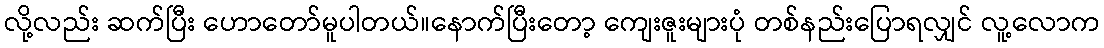
လို့လည်း ဆက်ပြီး ဟောတော်မူပါတယ်။နောက်ပြီးတော့ ကျေးဇူးများပုံ တစ်နည်းပြောရလျှင် လူ့လောက